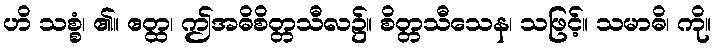
ဟိ သစ္စံ၊ ၏။ ဧတ္ထ၊ ဤအဓိစိတ္တသီလ၌။ စိတ္တသီသေန၊ သဖြင့်။ သမာဓိ၊ ကို။